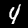
Digit: 4